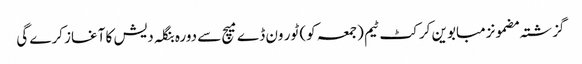
گزشتہ مضمونزمبابوین کرکٹ ٹیم (جمعہ کو) ٹور ون ڈے میچ سے دورہ بنگلہ دیش کا آغاز کرے گی